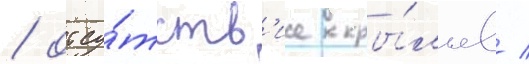
/ отсу́тств'ие кры́льев /